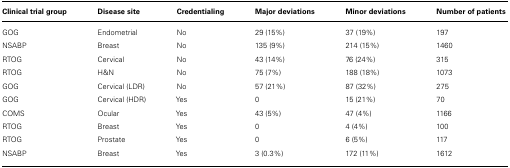
<table><thead><tr><td><b>Clinical trial group</b></td><td><b>Disease site</b></td><td><b>Credentialing</b></td><td><b>Major deviations</b></td><td><b>Minor deviations</b></td><td><b>Number of patients</b></td></tr></thead><tbody><tr><td>GOG</td><td>Endometrial</td><td>No</td><td>29 (15%)</td><td>37 (19%)</td><td>197</td></tr><tr><td>NSABP</td><td>Breast</td><td>No</td><td>135 (9%)</td><td>214 (15%)</td><td>1460</td></tr><tr><td>RTOG</td><td>Cervical</td><td>No</td><td>43 (14%)</td><td>76 (24%)</td><td>315</td></tr><tr><td>RTOG</td><td>H&amp;N</td><td>No</td><td>75 (7%)</td><td>188 (18%)</td><td>1073</td></tr><tr><td>GOG</td><td>Cervical (LDR)</td><td>No</td><td>57 (21%)</td><td>87 (32%)</td><td>275</td></tr><tr><td>GOG</td><td>Cervical (HDR)</td><td>Yes</td><td>0</td><td>15 (21%)</td><td>70</td></tr><tr><td>COMS</td><td>Ocular</td><td>Yes</td><td>43 (5%)</td><td>47 (4%)</td><td>1166</td></tr><tr><td>RTOG</td><td>Breast</td><td>Yes</td><td>0</td><td>4 (4%)</td><td>100</td></tr><tr><td>RTOG</td><td>Prostate</td><td>Yes</td><td>0</td><td>6 (5%)</td><td>117</td></tr><tr><td>NSABP</td><td>Breast</td><td>Yes</td><td>3 (0.3%)</td><td>172 (11%)</td><td>1612</td></tr></tbody></table>